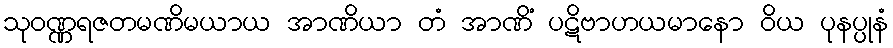
သုဝဏ္ဏရဇတမဏိမယာယ အာဏိယာ တံ အာဏိံ ပဋိဗာဟယမာနော ဝိယ ပုနပ္ပုနံ